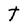
Character: t